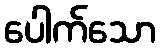
ပေါက်သော